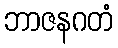
ဘာဇနဂတံ